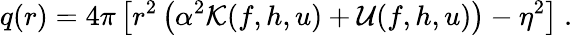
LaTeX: q(r)=4\pi\left[r^{2}\left(\alpha^{2}{\cal K}(f,h,u)+{\cal U}(f,h,u)\right)-\eta^{2}\right]\ .